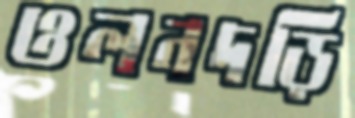
ওলনদড়ি